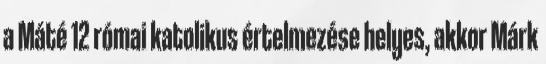
a Máté 12 római katolikus értelmezése helyes, akkor Márk